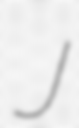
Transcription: J